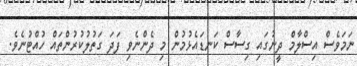
ނަމަވެސް އިސްލާމް ދީނުގައި ގިސާސް ކަނޑައެޅުމުން މި ދެންނެވި ފަދަ ގަތުލުކުރުންތައް ހުއްޓުނެވެ.